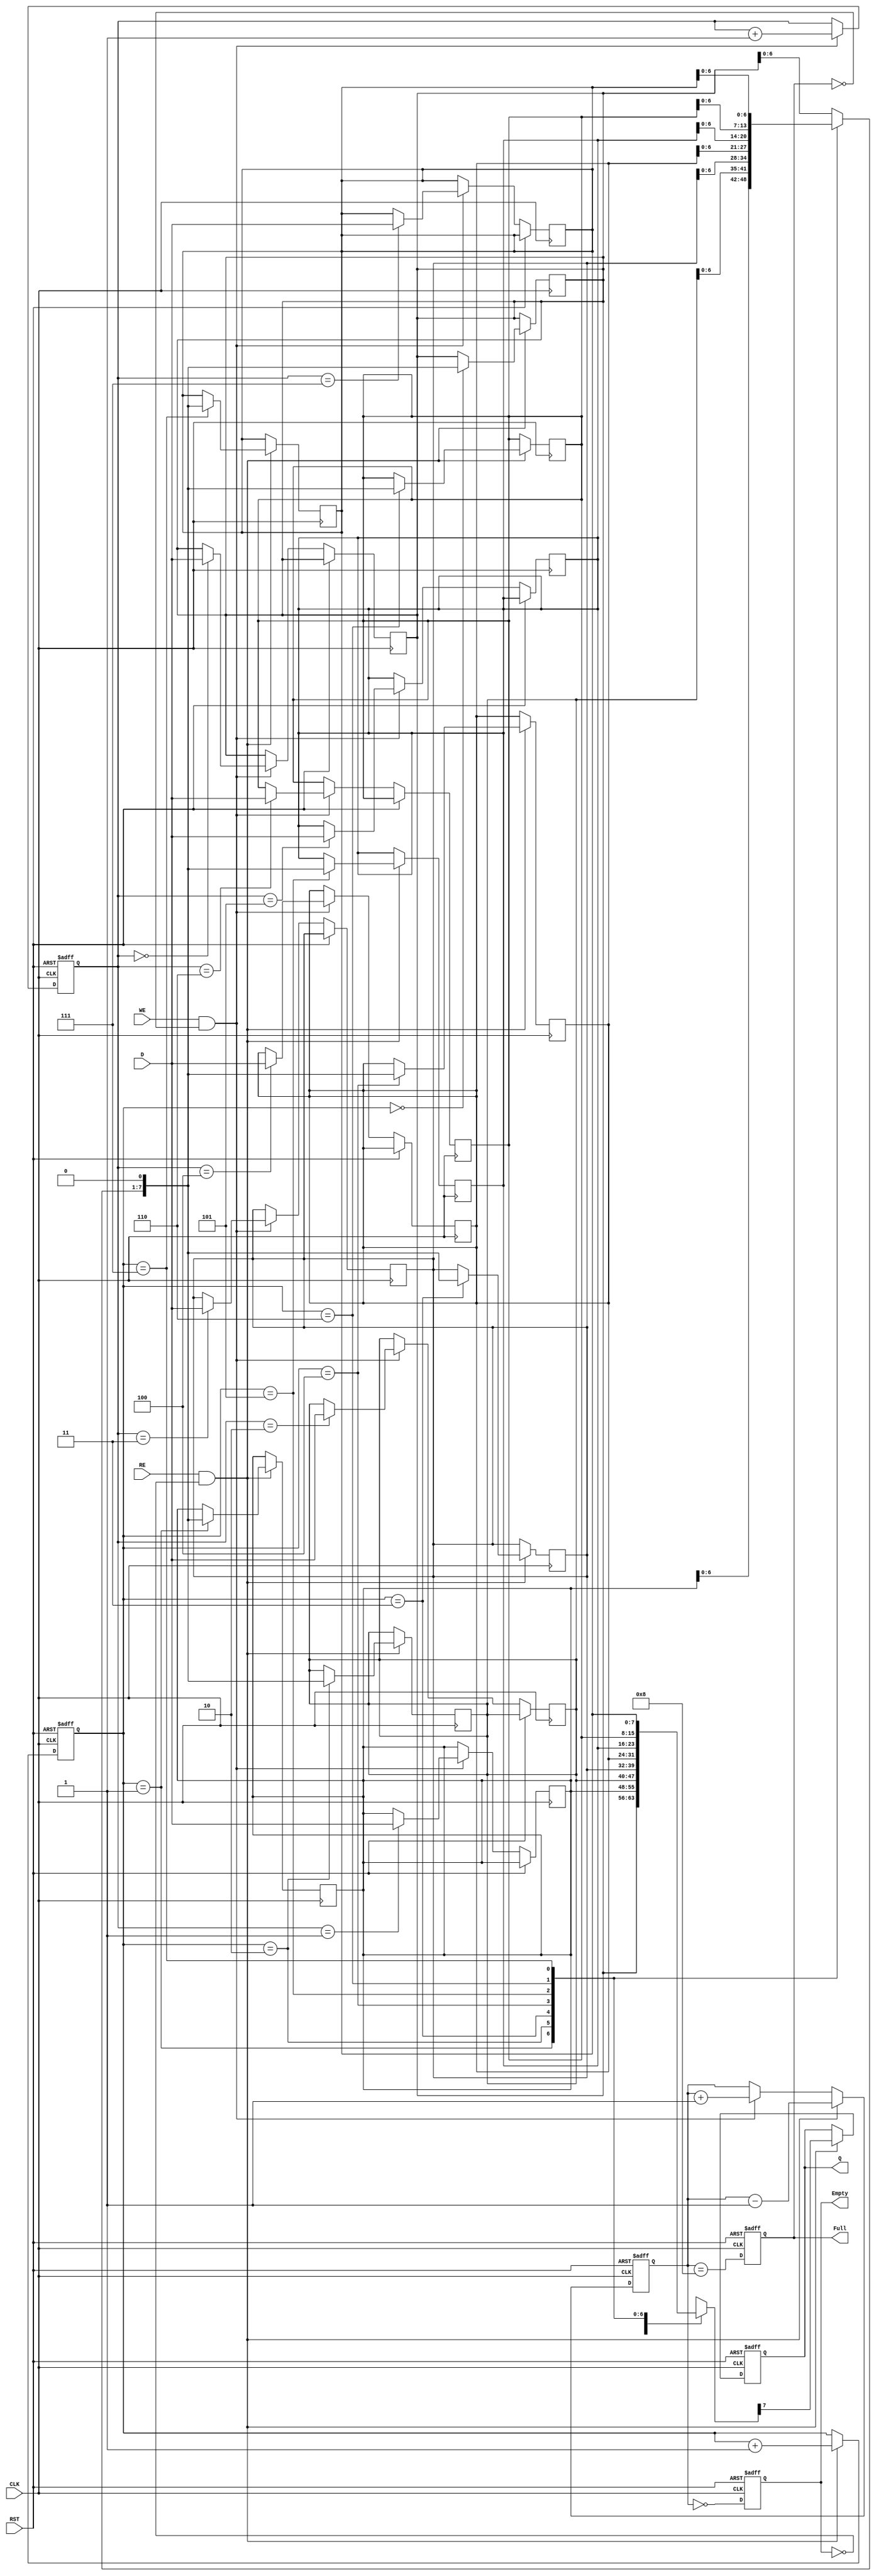
module FIFO_PISO (
    input wire [7:0] D,          // Parallel Data Input (8 bits)
    input wire WE,                // Write Enable
    input wire RE,                // Read Enable
    input wire CLK,               // Clock
    input wire RST,               // Reset
    output reg Q,                 // Serial Output
    output reg Full,              // Full Flag
    output reg Empty              // Empty Flag
);

    // Parameter for FIFO depth
    parameter FIFO_DEPTH = 8;     // Number of bits in the FIFO

    // Storage array for FIFO
    reg [7:0] fifo_storage [0:FIFO_DEPTH-1];
    reg [2:0] write_pointer;       // Pointer for writing data
    reg [2:0] read_pointer;        // Pointer for reading data
    reg [3:0] count;               // Count of items in FIFO

    // Asynchronous reset
    always @(posedge CLK or posedge RST) begin
        if (RST) begin
            // Reset all registers and flags
            write_pointer <= 0;
            read_pointer <= 0;
            count <= 0;
            Full <= 0;
            Empty <= 1;
            Q <= 0;
        end else begin
            // Write operation
            if (WE && !Full) begin
                fifo_storage[write_pointer] <= D; // Store data
                write_pointer <= write_pointer + 1; // Increment write pointer
                count <= count + 1; // Increment count
            end

            // Read operation
            if (RE && !Empty) begin
                Q <= fifo_storage[read_pointer][7]; // Output MSB
                read_pointer <= read_pointer + 1; // Increment read pointer
                count <= count - 1; // Decrement count
            end

            // Update Full and Empty flags
            Full <= (count == FIFO_DEPTH);
            Empty <= (count == 0);
        end
    end

    // Shift the data for serial output
    always @(posedge CLK) begin
        if (RE && !Empty) begin
            // Shift the data left
            fifo_storage[read_pointer] <= {fifo_storage[read_pointer][6:0], 1'b0};
        end
    end

endmodule